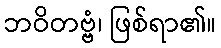
ဘဝိတဗ္ဗံ၊ ဖြစ်ရာ၏။